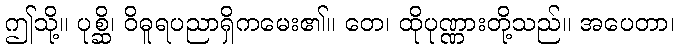
ဤသို့။ ပုစ္ဆိ၊ ဝိဓူရပညာရှိကမေး၏။ တေ၊ ထိုပုဏ္ဏားတို့သည်။ အပေတာ၊